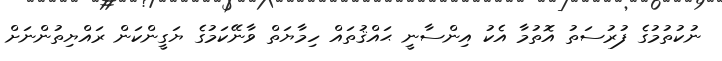
ނުކުތުމުގެ ފުރުސަތު އޮތުމާ އެކު އިންސާނީ ޙައްޤުތައް ހިމާޔަތް ވާނޭކަމުގެ ޔަގީންކަން ރައްޔިތުންނަށް